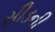
સીડની